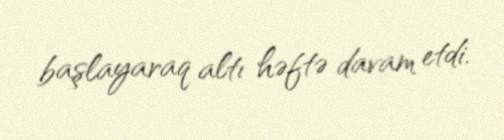
başlayaraq altı həftə davam etdi.